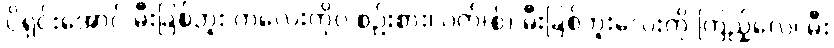
ပိုရှင်းအောင် မီးခြစ်ဘူး ကလေးကိုပဲ စဉ်းစား၊ ဂက်(စ်) မီးခြစ်ဘူးလေးကို ကြည့်လေ၊ မီး